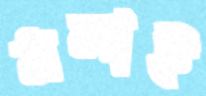
মলাই